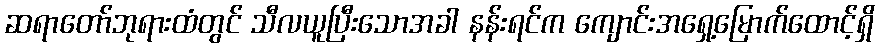
ဆရာတော်ဘုရားထံတွင် သီလယူပြီးသောအခါ နန်းရင်က ကျောင်းအရှေ့မြောက်ထောင့်ရှိ